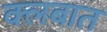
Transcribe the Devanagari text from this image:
क्‍लबात